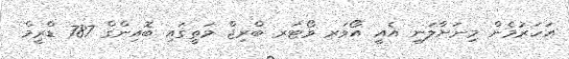
އަހަރުމެން މިނަށާލަނީ އެއީ އޯވަރ ވޯޓަރ ބްރިޖް މަތީގައި ބޮއިންގް 787 ޑްރީމް